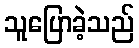
သူပြောခဲ့သည်